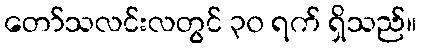
တော်သလင်းလတွင် ၃၀ ရက် ရှိသည်။